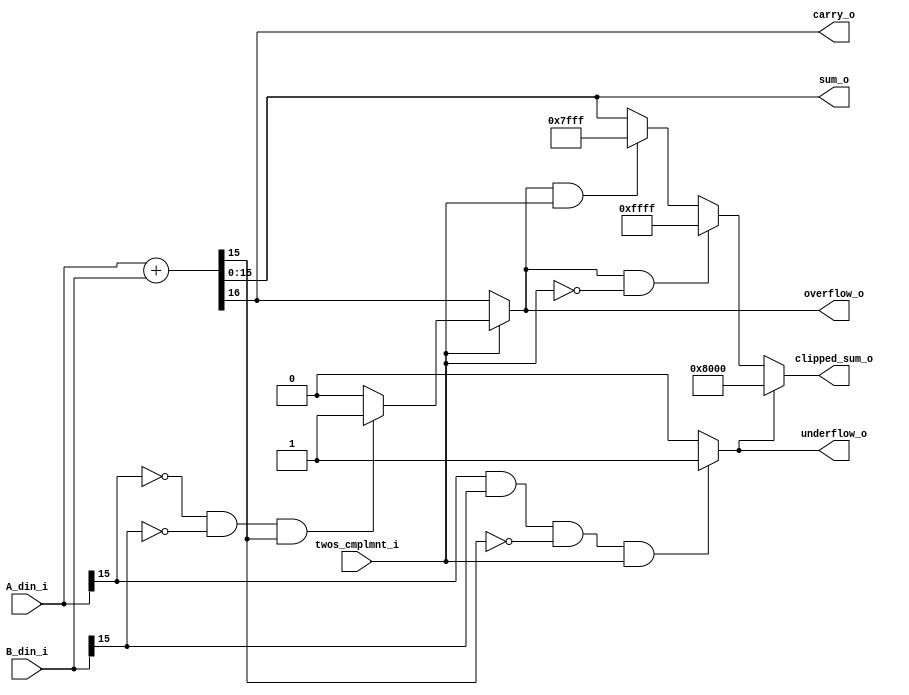
module Adder_2sComp
#(
	parameter DSIZE    = 16
)
(
	input  [DSIZE-1:0]	A_din_i		,
	input  [DSIZE-1:0]	B_din_i		,
	input  				twos_cmplmnt_i,
	
	output reg [DSIZE-1:0]	clipped_sum_o,
	output [DSIZE-1:0]	sum_o		,
	output				carry_o 	,
	output				overflow_o 	,
	output				underflow_o
);

	wire [DSIZE-2:0] 	overflow_mag, underflow_mag;
	


	assign {carry_o,sum_o} = A_din_i + B_din_i;

	assign overflow_o = (twos_cmplmnt_i   == 1'b1) ? 
							(((A_din_i[DSIZE-1] == 1'b0) &&
						 	 (B_din_i[DSIZE-1] == 1'b0) &&
						 	 (sum_o[DSIZE-1]   == 1'b1)) ? 1'b1 : 1'b0)
						 	: carry_o;

	assign underflow_o = ((A_din_i[DSIZE-1] == 1'b1) &&
						  (B_din_i[DSIZE-1] == 1'b1) &&
						  (sum_o[DSIZE-1]   == 1'b0) &&
						  (twos_cmplmnt_i   == 1'b1)) ? 1'b1 : 1'b0;

	//clipping of overflow and underflow
	assign overflow_mag = -1;//this will result in ...1111
	assign underflow_mag = 0;//this will result in ...0000
	always @(*)	begin
		clipped_sum_o = sum_o;
		if ((overflow_o == 1'b1) && (twos_cmplmnt_i   == 1'b1)) begin
			clipped_sum_o = {1'b0,overflow_mag};
		end

		if ((overflow_o == 1'b1) && (twos_cmplmnt_i   == 1'b0)) begin
			clipped_sum_o = {1'b1,overflow_mag};
		end

		if (underflow_o == 1'b1) begin
			clipped_sum_o = {1'b1,underflow_mag};
		end
	end

endmodule